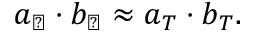
a _ { \perp } \cdot b _ { \perp } \approx a _ { T } \cdot b _ { T } .